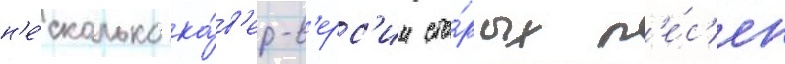
н'е́сколько ка́в'ер-в'ерс'ии ста́рых п'е́с'ен